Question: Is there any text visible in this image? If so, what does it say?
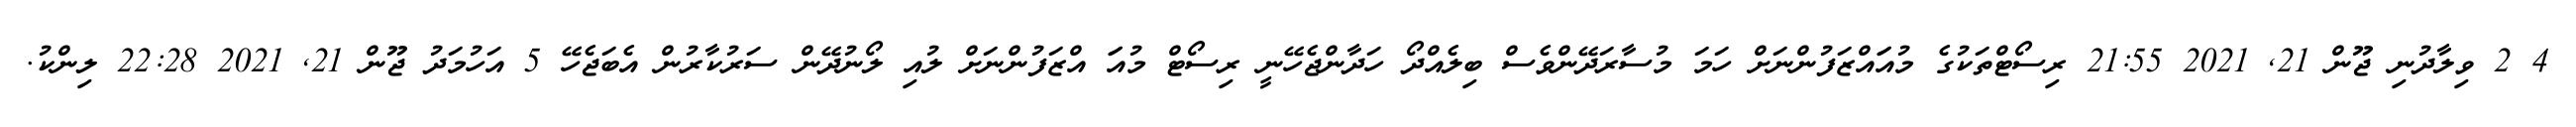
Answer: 4 2 ވިލާދުނި ޖޫން 21, 2021 21:55 ރިސޯޓްތަކުގެ މުއަައްޒަފުންނަށް ހަމަ މުސާރަދޭންވެސް ބިލެއްދޯ ހަދާންޖެހޭނީ ރިސޯޓް މުއަަ އްޒަފުންނަށް ލުއި ލޯނުދޭން ސަރުކާރުން އެބަޖެހޭ 5 އަހުމަދު ޖޫން 21, 2021 22:28 ލިންކު.